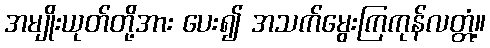
အမျိုးယုတ်တို့အား ပေး၍ အသက်မွေးကြကုန်လတ္တံ့။